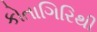
કોતાગિરિથી